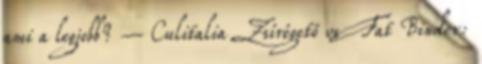
ami a legjobb? – Culitalia Zsírégető vs Fat Binder: